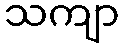
သကျာ